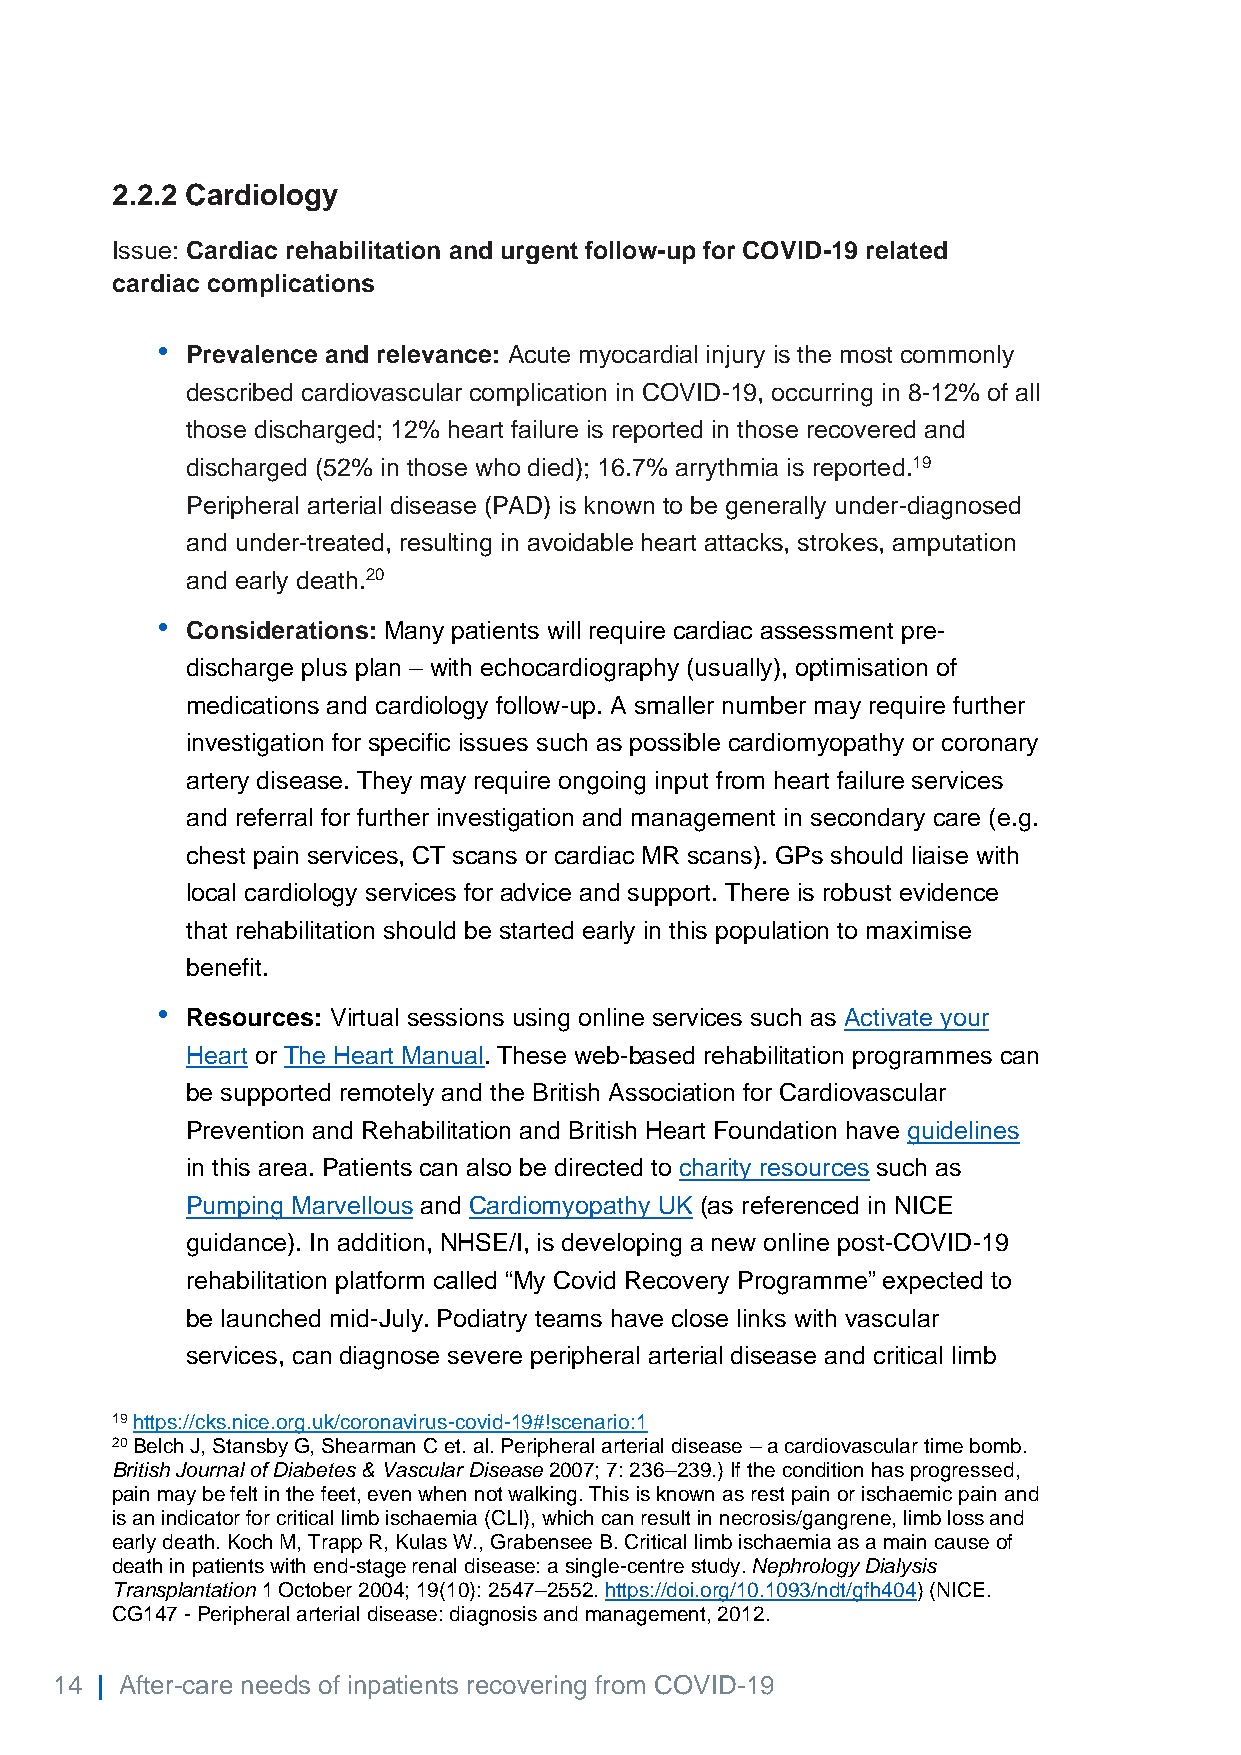
2.2.2 Cardiology
 Issue: Cardiac rehabilitation and urgent follow-up for COVID-19 related
 cardiac complications
 •
 Prevalence and relevance: Acute myocardial injury is the most commonly
 described cardiovascular complication in COVID-19, occurring in 8-12% of all
 those discharged; 12% heart failure is reported in those recovered and
 discharged (52% in those who died); 16.7% arrythmia is reported.19
 Peripheral arterial disease (PAD) is known to be generally under-diagnosed
 and under-treated, resulting in avoidable heart attacks, strokes, amputation
 and early death.20
 •
 Considerations: Many patients will require cardiac assessment pre-
 discharge plus plan – with echocardiography (usually), optimisation of
 medications and cardiology follow-up. A smaller number may require further
 investigation for specific issues such as possible cardiomyopathy or coronary
 artery disease. They may require ongoing input from heart failure services
 and referral for further investigation and management in secondary care (e.g.
 chest pain services, CT scans or cardiac MR scans). GPs should liaise with
 local cardiology services for advice and support. There is robust evidence
 that rehabilitation should be started early in this population to maximise
 benefit.
 •
 Resources: Virtual sessions using online services such as Activate your
 Heart or The Heart Manual. These web-based rehabilitation programmes can
 be supported remotely and the British Association for Cardiovascular
 Prevention and Rehabilitation and British Heart Foundation have guidelines
 in this area. Patients can also be directed to charity resources such as
 Pumping Marvellous and Cardiomyopathy UK (as referenced in NICE
 guidance). In addition, NHSE/I, is developing a new online post-COVID-19
 rehabilitation platform called “My Covid Recovery Programme” expected to
 be launched mid-July. Podiatry teams have close links with vascular
 services, can diagnose severe peripheral arterial disease and critical limb
 19 https://cks.nice.org.uk/coronavirus-covid-19#!scenario:1
 20 Belch J, Stansby G, Shearman C et. al. Peripheral arterial disease – a cardiovascular time bomb.
 British Journal of Diabetes & Vascular Disease 2007; 7: 236–239.) If the condition has progressed,
 pain may be felt in the feet, even when not walking. This is known as rest pain or ischaemic pain and
 is an indicator for critical limb ischaemia (CLI), which can result in necrosis/gangrene, limb loss and
 early death. Koch M, Trapp R, Kulas W., Grabensee B. Critical limb ischaemia as a main cause of
 death in patients with end-stage renal disease: a single-centre study. Nephrology Dialysis
 Transplantation 1 October 2004; 19(10): 2547–2552. https://doi.org/10.1093/ndt/gfh404) (NICE.
 CG147 - Peripheral arterial disease: diagnosis and management, 2012.
 14 | After-care needs of inpatients recovering from COVID-19